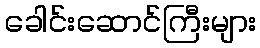
ခေါင်းဆောင်ကြီးများ